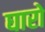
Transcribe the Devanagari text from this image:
घारो